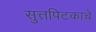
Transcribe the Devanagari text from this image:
सुत्तपिटकाचे